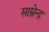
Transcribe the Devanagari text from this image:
साम्नेन्द्र